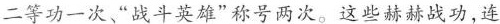
二等功一次、”战斗英雄”称号两次。这些赫赫战功，连